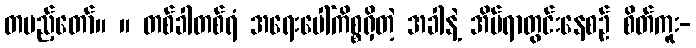
တပည့်တော်။ ။ တစ်ခါတစ်ရံ အရေးပေါ်ကိစ္စရှိတဲ့ အခါနဲ့ အိပ်ရာတွင်းနေစဉ် စိတ်ကူး-